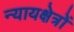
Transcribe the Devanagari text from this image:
न्यायक्षेत्रों